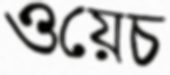
ওয়েচ